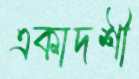
একাদশী